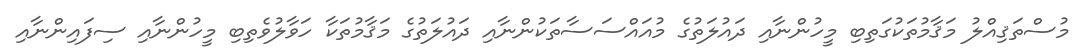
މުސްތަޤިއްލު މަޤާމުތަކުގަތިބި މީހުންނާއި ދައުލަތުގެ މުއައްސަސާތަކުންނާއި ދައުލަތުގެ މަޤާމުތަކާ ހަވާލުވެތިބި މީހުންނާއި ސިފައިންނާއި